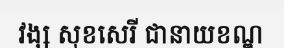
វង្ស សុខសេរី ជានាយខណ្ឌ